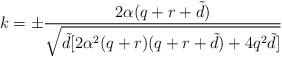
LaTeX: \begin{align*}k=\pm\frac{2\alpha (q+r+{\tilde d})}{\sqrt{{\tilde d}[2\alpha ^{2}(q+r)(q+r+{\tilde d})+4q^{2}{\tilde d}]}} \end{align*}